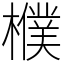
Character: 㯷